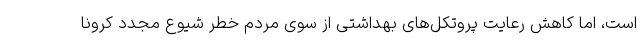
است، اما کاهش رعایت پروتکل‌های بهداشتی از سوی مردم خطر شیوع مجدد کرونا